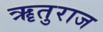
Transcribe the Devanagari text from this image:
ॠतुराज